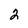
Character: 2